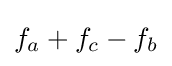
f_{a}+f_{c}-f_{b}